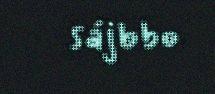
sájbbo